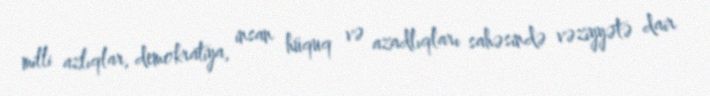
milli azlıqlar, demokratiya, insan hüquq və azadlıqları sahəsində vəziyyətə dair